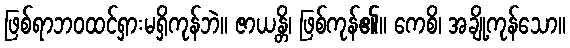
ဖြစ်ရာဘဝထင်ရှားမရှိကုန်ဘဲ။ ဇာယန္တိ၊ ဖြစ်ကုန်၏။ ကေစိ၊ အချို့ကုန်သော။